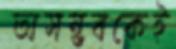
অসম্ভবকেই